Vaccination in Bombay 1924-1928 - 1924-1928
Year: 1924
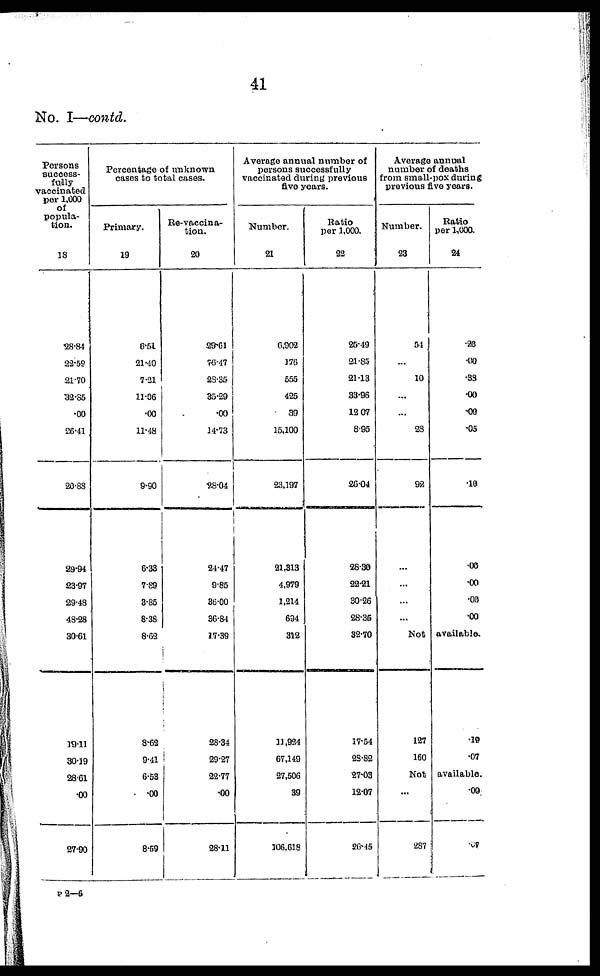
41
No. I—contd.
Persons
success-
fully
vaccinated
per 1,000
of
popula-
tion.
18
28.84
22.59
21.70
32.85
.00
26.41
20.88
29.94
23.97
29.48
48.28
30.61
19.11
30.19
28.61
.00
27.90
Percentage of unknown
cases to total cases.
Primary.
19
6.51
21.40
7.21
11.06
.00
11.48
9.90
6.33
7.89
3.85
8.38
8.62
8.62
9.41
6.53
.00
8.59
Re-vaccina-
tion.
20
29.61
76.47
28.35
35.29
.00
14.73
28.04
24.47
9.85
36.00
36.84
17.39
28.34
29.27
22.77
.00
28.11
Average annual number of
persons successfully
vaccinated during previous
five years.
Number.
21
6,902
176
555
425
39
15.100
23,197
21,313
4,979
1,214
694
312
11,924
67,149
27,506
39
106,618
Ratio
per 1,000.
22
25.49
21.85
21.13
33.96
12.07
8.95
26.04
28.30
22.21
30.26
28.35
32.70
17.54
28.82
27.03
12.07
26.45
Average annual
number of deaths
from small-pox during
previous five years.
Number.
23
54
...
10
...
...
28
92
...
...
...
...
Ratio
per 1,000.
24
.26
.00
.38
.00
.00
.05
.10
.00
.00
.00
.00
Not available.
127
160
.19
.07
Not available.
...
287
.00
.07
P 2—6